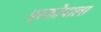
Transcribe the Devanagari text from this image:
प्रकोपाला